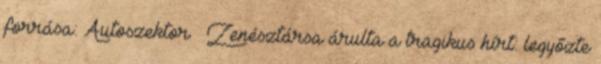
forrása: Autoszektor ← Zenésztársa árulta a tragikus hírt: legyőzte